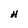
Character: H